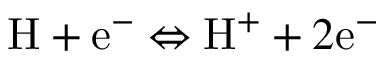
\mathrm { H } + \mathrm { e } ^ { - } \Leftrightarrow \mathrm { H } ^ { + } + 2 \mathrm { e } ^ { - }